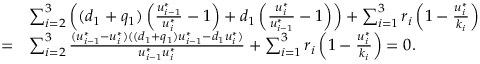
\begin{array} { r l } & { \sum _ { i = 2 } ^ { 3 } \left( ( d _ { 1 } + q _ { 1 } ) \left( \frac { u _ { i - 1 } ^ { * } } { u _ { i } ^ { * } } - 1 \right) + d _ { 1 } \left( \frac { u _ { i } ^ { * } } { u _ { i - 1 } ^ { * } } - 1 \right) \right) + \sum _ { i = 1 } ^ { 3 } r _ { i } \left( 1 - \frac { u _ { i } ^ { * } } { k _ { i } } \right) } \\ { = } & { \sum _ { i = 2 } ^ { 3 } \frac { ( u _ { i - 1 } ^ { * } - u _ { i } ^ { * } ) ( ( d _ { 1 } + q _ { 1 } ) u _ { i - 1 } ^ { * } - d _ { 1 } u _ { i } ^ { * } ) } { u _ { i - 1 } ^ { * } u _ { i } ^ { * } } + \sum _ { i = 1 } ^ { 3 } r _ { i } \left( 1 - \frac { u _ { i } ^ { * } } { k _ { i } } \right) = 0 . } \end{array}